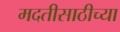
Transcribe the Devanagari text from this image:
मदतीसाठीच्या